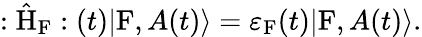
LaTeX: :\hat{\mathrm{H}}_{\mathrm{F}}:(t)|\mathrm{F},A(t)\rangle={\varepsilon}_{\mathrm{F}}(t)|\mathrm{F},A(t)\rangle.